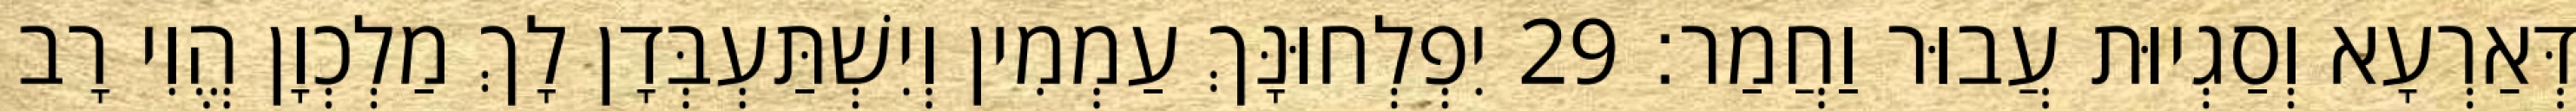
דְּאַרְעָא וְסַגְיוּת עֲבוּר וַחֲמַר׃ 29 יִפְלְחוּנָּךְ עַמְמִין וְיִשְׁתַּעְבְּדָן לָךְ מַלְכְוָן הֱוִי רָב